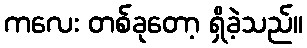
ကလေး တစ်ခုတော့ ရှိခဲ့သည်။